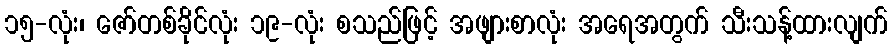
၁၅-လုံး၊ ဇော်တစ်ခိုင်လုံး ၁၉-လုံး စသည်ဖြင့် အဖျားစာလုံး အရေအတွက် သီးသန့်ထားလျက်